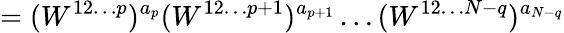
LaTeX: =(W^{12\ldots p})^{a_{p}}(W^{12\ldots p+1})^{a_{p+1}}\ldots(W^{12\ldots N-q})^{a_{N-q}}